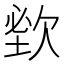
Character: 𣣑